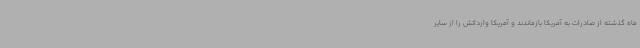
ماه گذشته از صادرات به آمریکا بازماندند و آمریکا وارداتش را از سایر